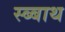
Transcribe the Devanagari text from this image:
स्ब्बाथ